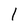
Character: 1